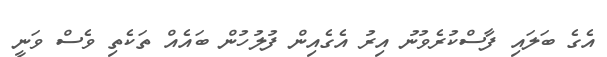
އެގެ ބަލައި ފާސްކުރެވުނު އިރު އެގެއިން ފުލުހުން ބައެއް ތަކެތި ވެސް ވަނީ